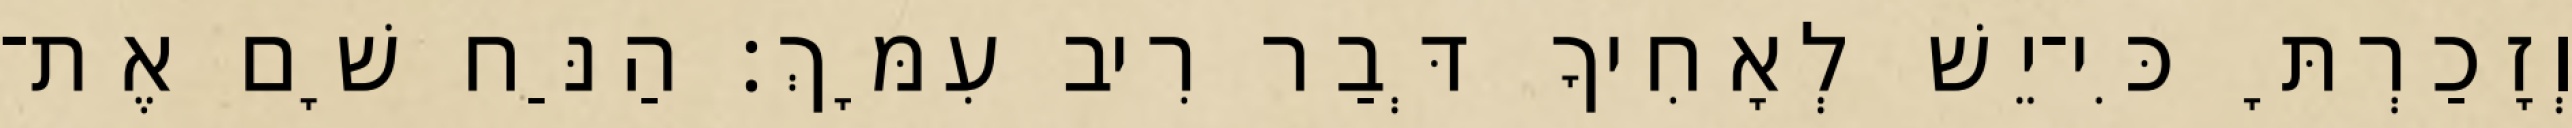
וְזָכַרְתָּ כִּי־יֵשׁ לְאָחִיךָ דְּבַר רִיב עִמָּךְ׃ הַנַּח שָׁם אֶת־